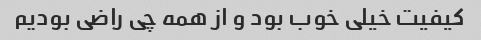
کیفیت خیلی خوب بود و از همه چی راضی بودیم